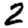
Digit: 2